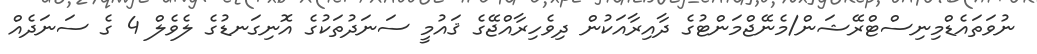
ނުވަތައެޑްމިނިސްޓްރޭޝަން/މެނޭޖްމަންޓުގެ ދާއިރާއަކުން ދިވެހިރާއްޖޭގެ ޤައުމީ ސަނަދުތަކުގެ އޮނިގަނޑުގެ ލެވެލް 4 ގެ ސަނަދެއް